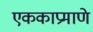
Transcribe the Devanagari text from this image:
एककाप्रमाणे